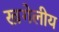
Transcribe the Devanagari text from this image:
खगेलीय